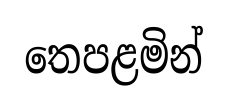
තෙපළමින්